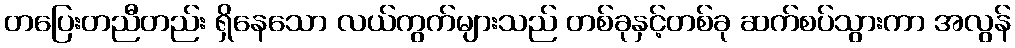
တပြေးတညီတည်း ရှိနေသော လယ်ကွက်များသည် တစ်ခုနှင့်တစ်ခု ဆက်စပ်သွားကာ အလွန်